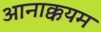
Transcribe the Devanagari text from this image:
आनाक्कयम